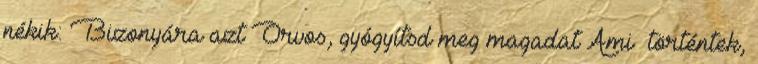
nékik: Bizonyára azt Orvos, gyógyítsd meg magadat Ami− történtek,